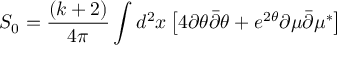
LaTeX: S _ { 0 } = \frac { ( k + 2 ) } { 4 \pi } \int d ^ { 2 } x \left[ 4 \partial \theta { \bar { \partial } } \theta + e ^ { 2 \theta } \partial \mu { \bar { \partial } } \mu ^ { \ast } \right]